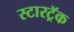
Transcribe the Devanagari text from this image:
स्टारट्रॅक